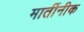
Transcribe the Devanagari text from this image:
मार्तीनीक